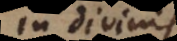
in divinis